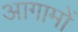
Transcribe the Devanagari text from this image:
आगामों